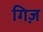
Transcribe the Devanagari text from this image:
गिज़